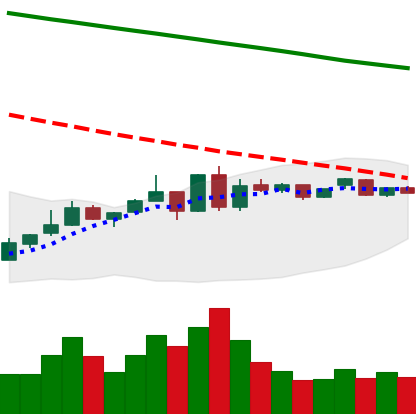
Ticker: ETC-USD
Chart end date: 2019-01-05
Forward return: -13.712%
Label: down_7plus